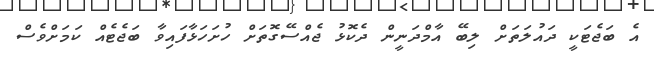
އެ ބަޖެޓަކީ ދައުލަތަށް ލިބޭ އާމްދަނީން ދެކޮޅު ޖެއްސޭގޮތަށް ހުށަހަޅާފައިވާ ބަޖެޓެއް ކަމަށްވެސް